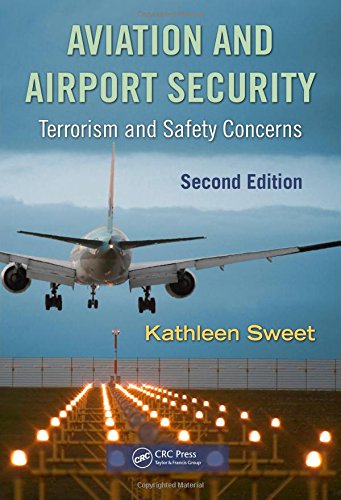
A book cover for Aviation and Airport Security: Terrorism and Safety Concerns, Second Edition; Kathleen Sweet; Law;